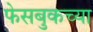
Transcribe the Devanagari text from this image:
फेसबुकच्या